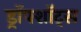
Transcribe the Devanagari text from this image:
ड्रॉपशॉट्स